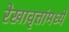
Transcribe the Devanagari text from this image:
रेखावृत्तांमध्ये